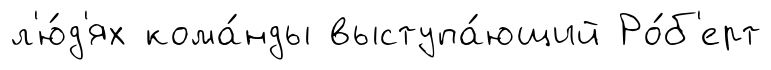
л'ю́д'ях кома́нды выступа́ющий Ро́б'ерт